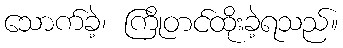
သောက်ခဲ့၊ ကြိုတင်ထိုးခဲ့ရသည်။